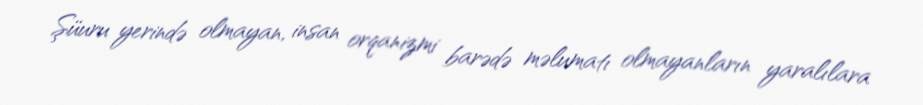
Şüuru yerində olmayan, insan orqanizmi barədə məlumatı olmayanların yaralılara